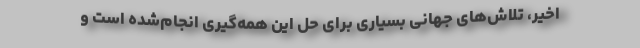
اخیر، تلاش‌های جهانی بسیاری برای حل این همه‌گیری انجام‌شده است و